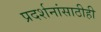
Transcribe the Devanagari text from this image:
प्रदर्शनांसाठीही